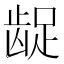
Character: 龊